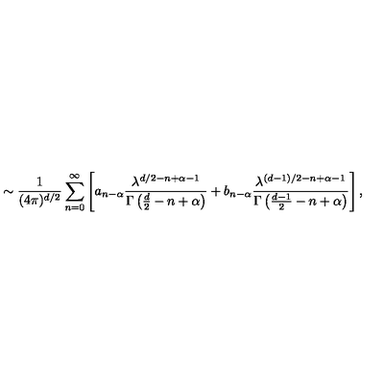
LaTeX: \sim { \frac { 1 } { ( 4 \pi ) ^ { d / 2 } } } \sum _ { n = 0 } ^ { \infty } \left[ a _ { n - \alpha } { \frac { \lambda ^ { d / 2 - n + \alpha - 1 } } { \Gamma \left( \frac d 2 - n + \alpha \right) } } + b _ { n - \alpha } { \frac { \lambda ^ { ( d - 1 ) / 2 - n + \alpha - 1 } } { \Gamma \left( { \frac { d - 1 } { 2 } } - n + \alpha \right) } } \right] ,